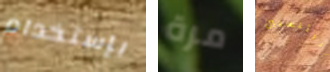
بإستخدام مرة الرئيسيين